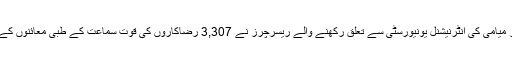
امریکی ریاست فلوریڈا اور میامی کی انٹرنیشنل یونیورسٹی سے تعلق رکھنے والے ریسرچرز نے 3,307 رضاکاروں کی قوت سماعت کے طبی معائنوں کے نتائج پر روشنی ڈالی ہے۔